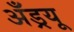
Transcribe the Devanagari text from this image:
अँड्रयू